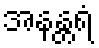
အနန္တရံ